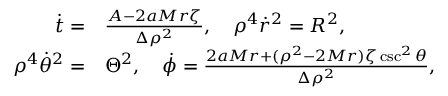
\begin{array} { r l } { \dot { t } = } & { \frac { { \cal A } - 2 a M r \zeta } { \Delta \rho ^ { 2 } } , \quad \rho ^ { 4 } \dot { r } ^ { 2 } = { \cal R } ^ { 2 } , } \\ { \rho ^ { 4 } \dot { \theta } ^ { 2 } = } & { \Theta ^ { 2 } , \quad \dot { \phi } = \frac { 2 a M r + ( \rho ^ { 2 } - 2 M r ) \zeta \csc ^ { 2 } \theta } { \Delta \rho ^ { 2 } } , } \end{array}